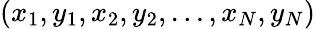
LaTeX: (x_{1},y_{1},x_{2},y_{2},\dots,x_{N},y_{N})